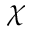
\chi